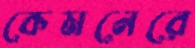
কেমনেরে